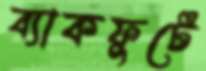
ব্যাকফুটে